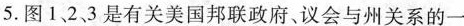
5.图1、2、3是有关美国邦联政府、议会与州关系的一